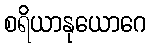
စရိယာနုယောဂေ